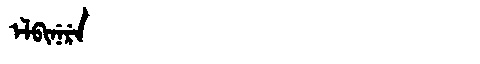
Manchu: ᡝᠯᠪᡳᠨᡝᡵᡝ
Romanization: ELBINERE